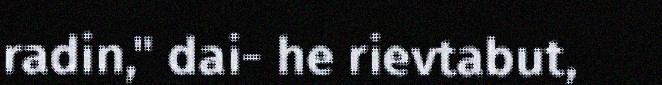
radin," dai- he rievtabut,